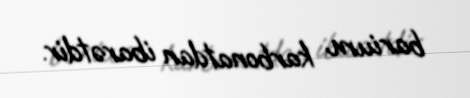
barium karbonatdan ibarətdir.